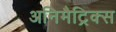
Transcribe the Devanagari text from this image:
अनिमैट्रिक्स